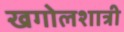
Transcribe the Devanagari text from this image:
खगोलशात्री